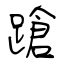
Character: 蹌